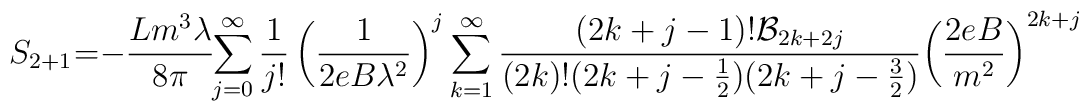
S_{2+1}\hskip -3pt=\hskip-3pt -\frac{Lm^{3} \lambda}{8\pi}\hskip -3pt\sum_{j=0}^{\infty }\frac{1}{j!}\left(\frac{1}{2eB\lambda ^{2}}\right) ^{j}\sum_{k=1}^{\infty}\frac{(2k+j-1)!{\cal B}_{2k+2j}}{(2k)!(2k+j-\frac{1}{2})(2k+j-\frac{3}{2})}\hskip -2pt \left(\frac{2eB}{m^{2}}\right)^{2k+j}